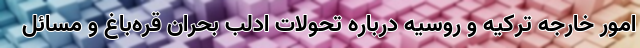
امور خارجه ترکیه و روسیه درباره تحولات ادلب بحران قره‌باغ و مسائل